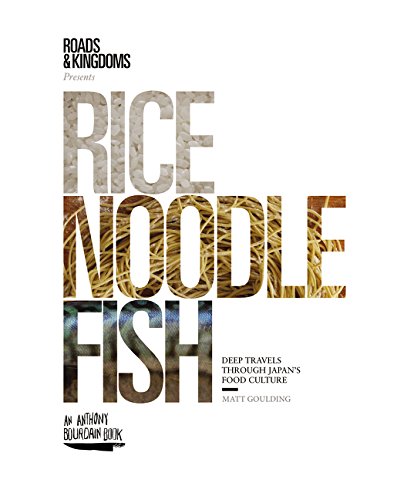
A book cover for Rice, Noodle, Fish: Deep Travels Through Japan's Food Culture; Matt Goulding; Cookbooks, Food & Wine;